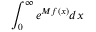
\int _ { 0 } ^ { \infty } e ^ { M f ( x ) } d x